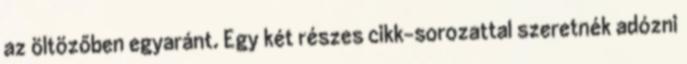
az öltözőben egyaránt. Egy két részes cikk-sorozattal szeretnék adózni